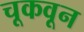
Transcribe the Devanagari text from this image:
चूकवून